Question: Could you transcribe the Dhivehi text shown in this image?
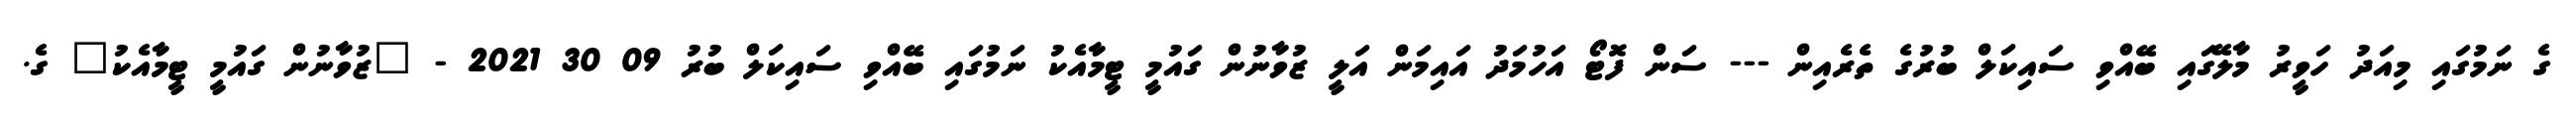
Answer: ގެ ނަމުގައި މިއަދު ހަވީރު މާލޭގައި ބޭއްވި ސައިކަލް ބުރުގެ ތެރެއިން --- ސަން ފޮޓޯ އަހުމަދު އައިމަން އަލީ ޒުވާނުން ގައުމީ ޓީމާއެކު ނަމުގައި ބޭއްވި ސައިކަލް ބުރު 09 30 2021 - "ޒުވާނުން ގައުމީ ޓީމާއެކު" ގެ.